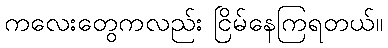
ကလေးတွေကလည်း ငြိမ်နေကြရတယ်။